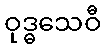
ဝုဒ္ဓသေဝီ